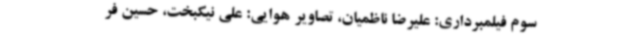
سوم فیلمبرداری: علیرضا ناظمیان، تصاویر هوایی: علی نیکبخت، حسین فر